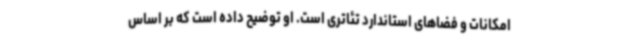
امکانات و فضاهای استاندارد تئاتری است. او توضیح داده است که بر اساس